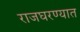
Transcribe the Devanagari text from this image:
राजघरण्यात